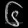
Digit: ၆